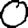
Digit: 0